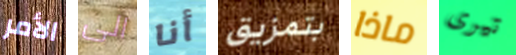
الأمر الى أنا بتمزيق ماذا تيرى